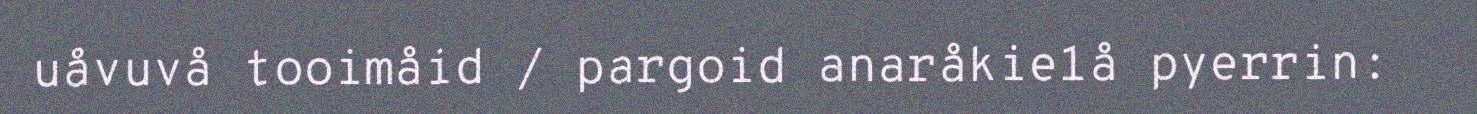
uåvuvå tooimåid / pargoid anaråkie1å pyerrin: